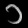
Digit: ၁